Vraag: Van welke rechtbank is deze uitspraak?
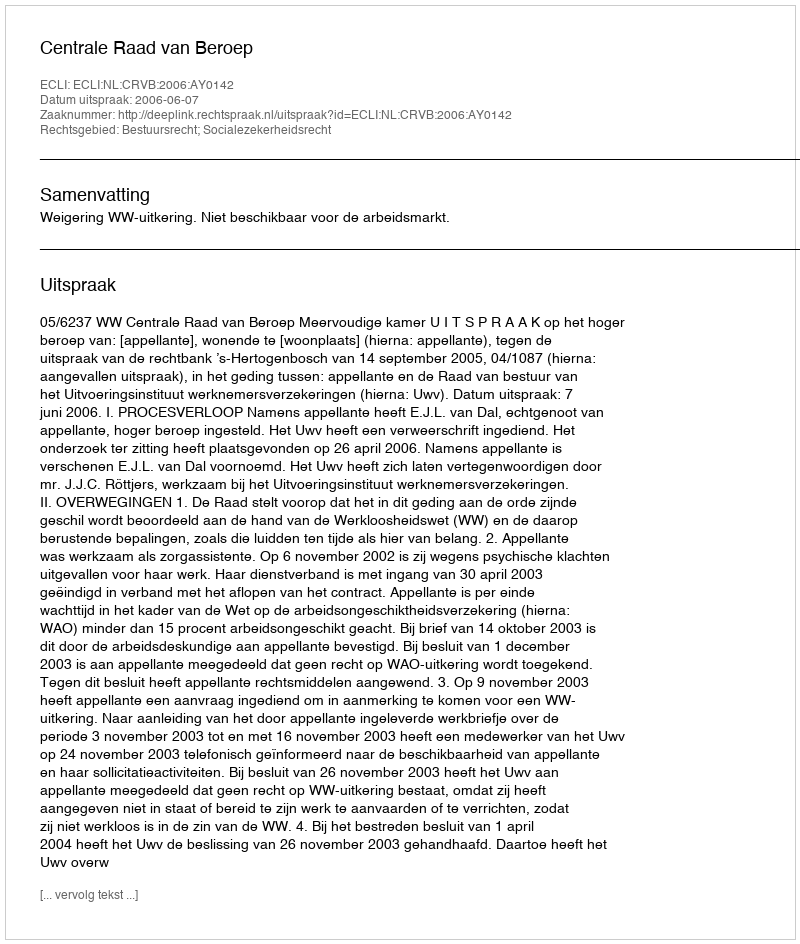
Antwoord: Centrale Raad van Beroep